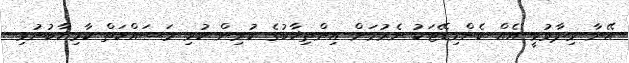
އޭނާ ވިދާޅުވީ އެއް ކެންޑިޑޭޓަކު ނެރުމަށް އިންތިޚާބުގެ ކުރިން ކުރި މަސައްކަތް ކާމިޔާބުނުވި